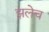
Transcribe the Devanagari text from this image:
झलेच